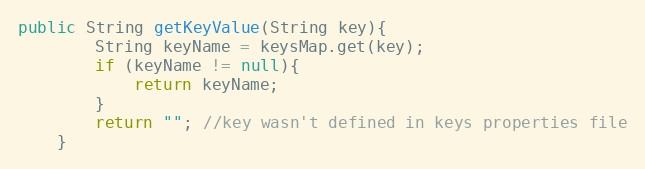
Language: Java
public String getKeyValue(String key){
        String keyName = keysMap.get(key);
        if (keyName != null){
            return keyName;
        }
        return ""; //key wasn't defined in keys properties file
    }